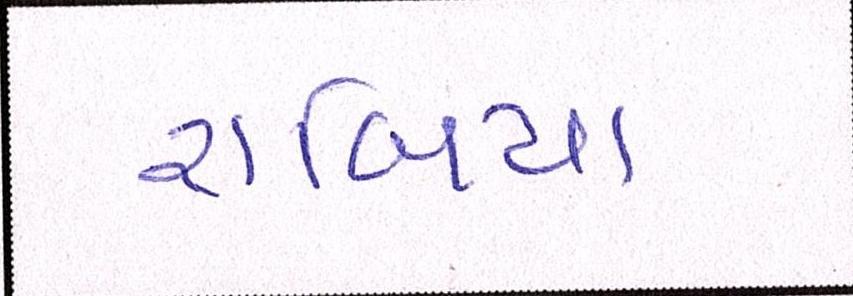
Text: રાબિયા